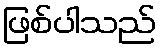
ဖြစ်ပါသည်